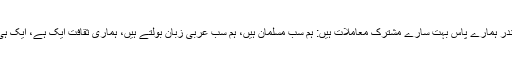
سعودى عرب کے اندر ہمارے پاس بہت سارے مشترک معاملات ہیں: ہم سب مسلمان ہیں، ہم سب عربى زبان بولتے ہیں، ہمارى ثقافت ایک ہے، ایک ہى سماج کا خیال ہے۔